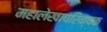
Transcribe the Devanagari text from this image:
महालेखापरिक्षक